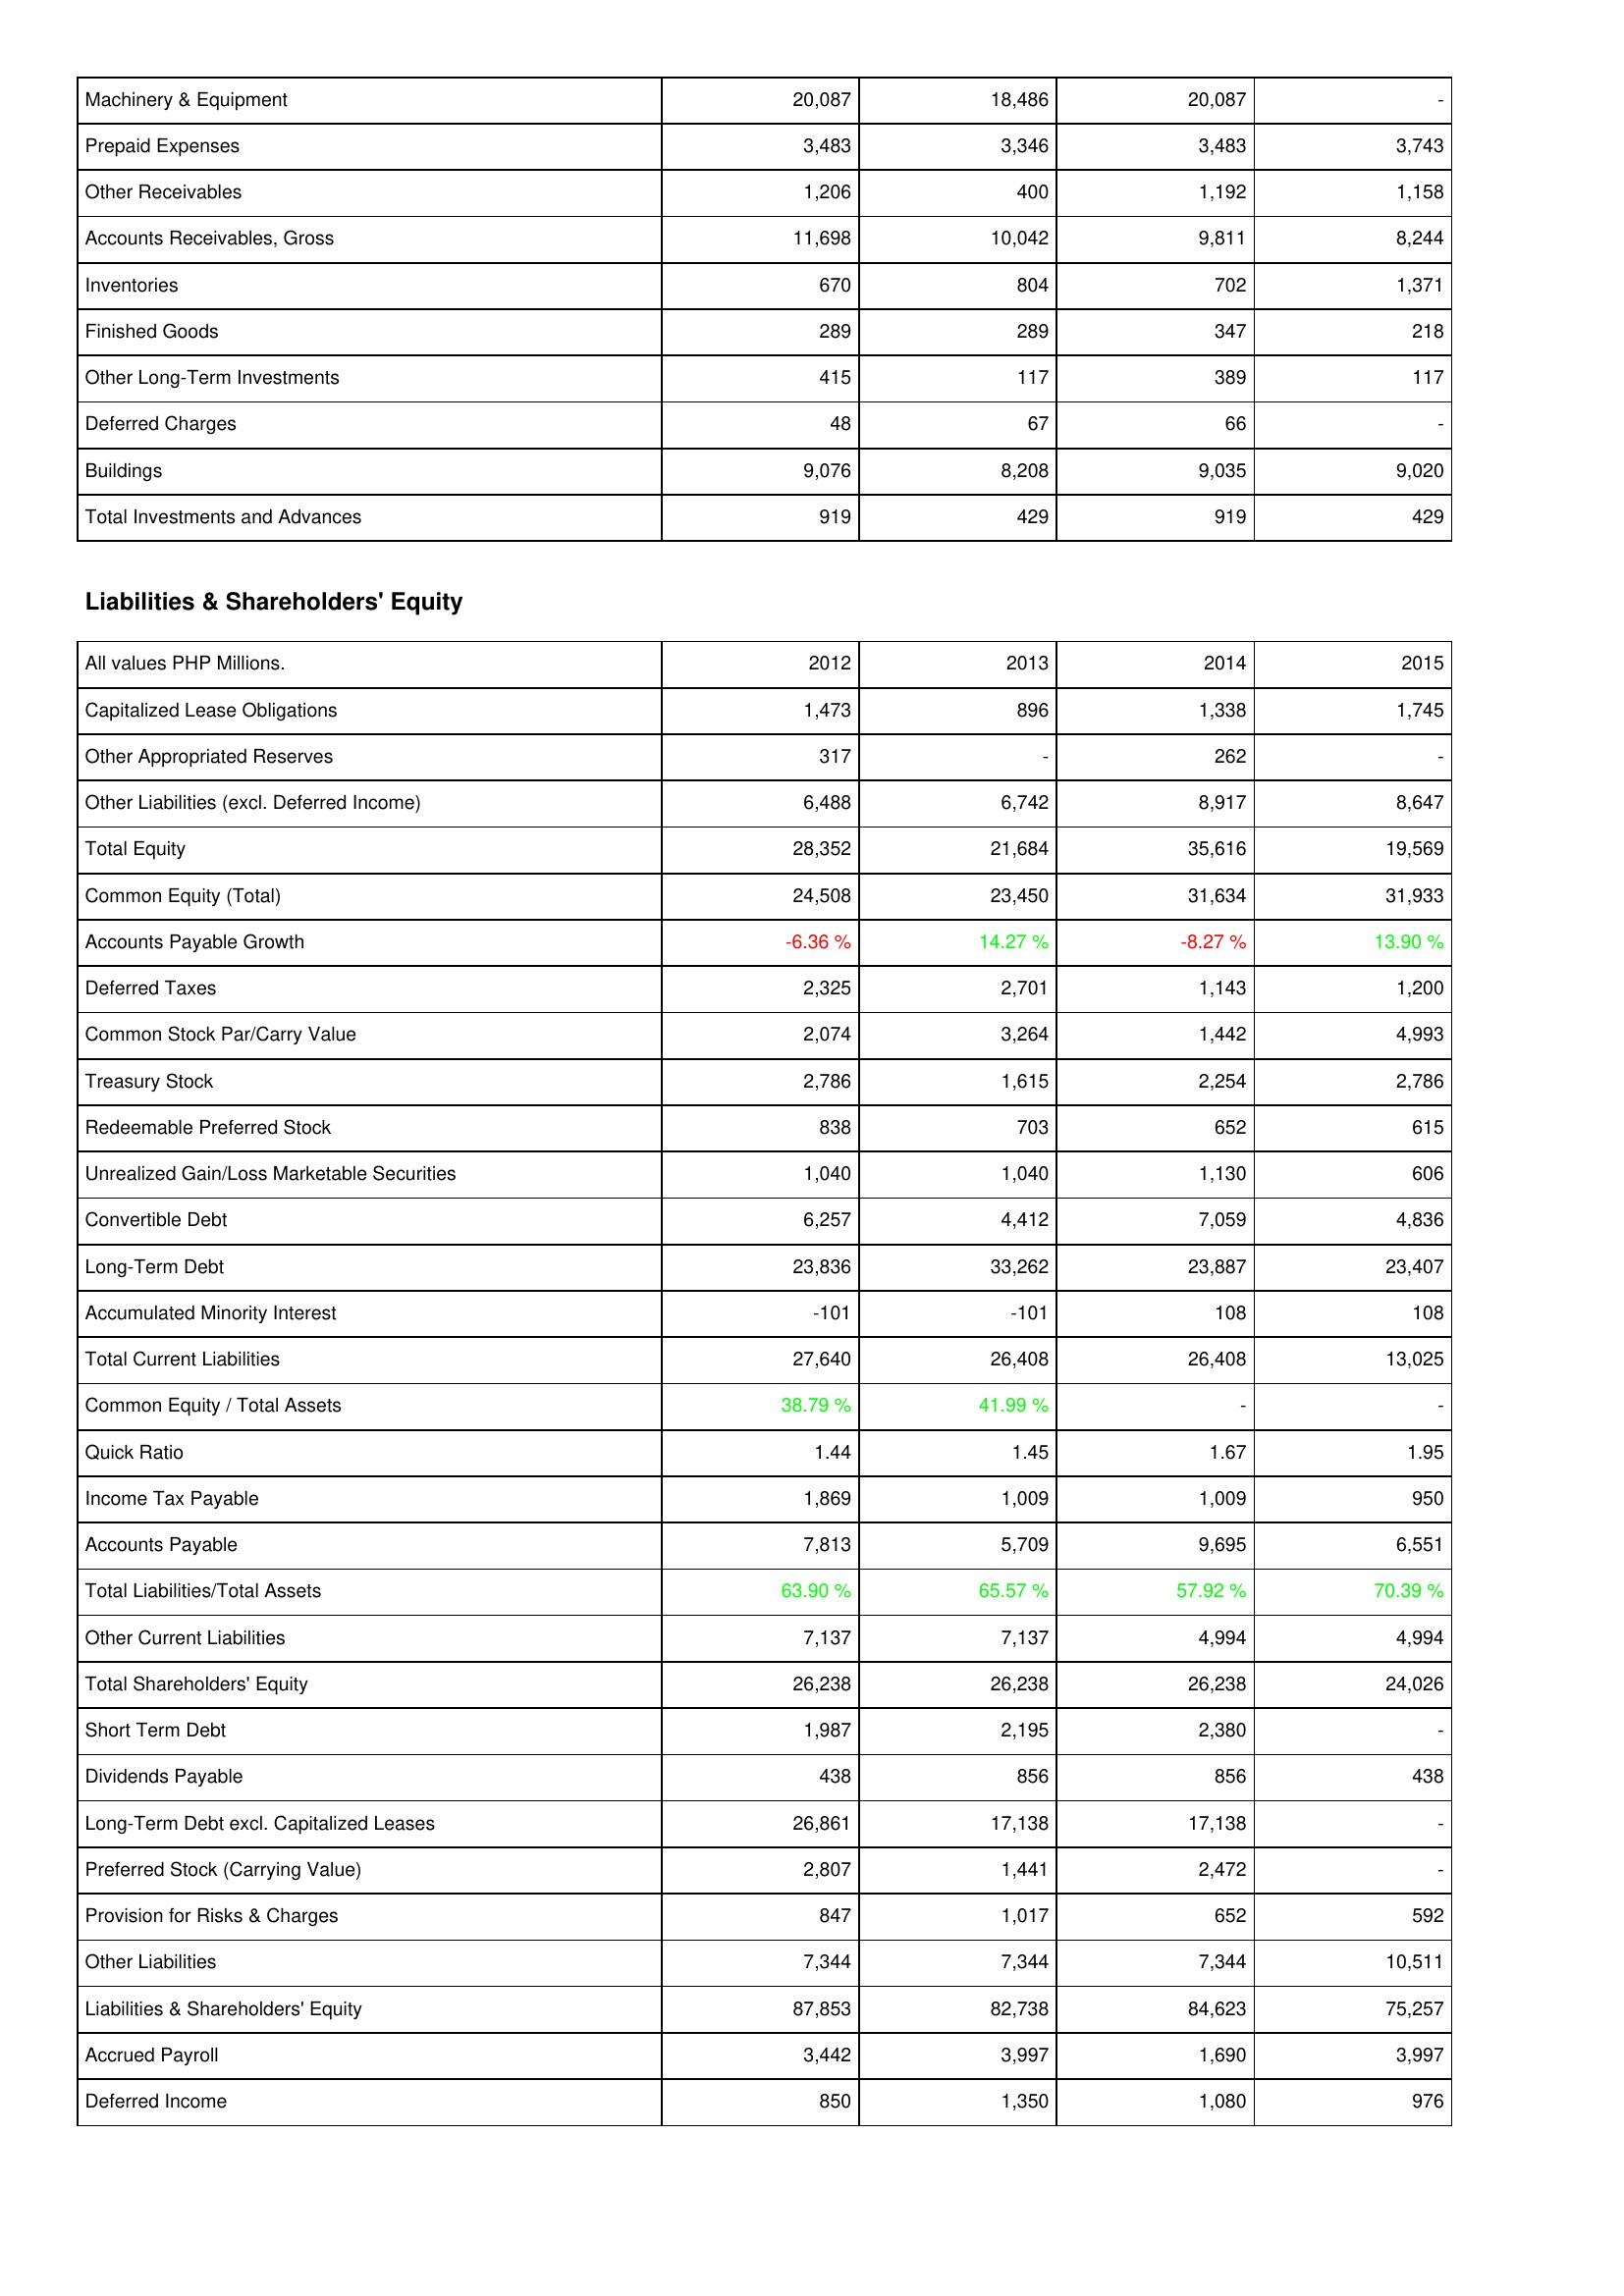
2012: Assets: Machinery & Equipment: 20,087
Prepaid Expenses: 3,483
Other Receivables: 1,206
Accounts Receivables, Gross: 11,698
Inventories: 670
Finished Goods: 289
Other Long-Term Investments: 415
Deferred Charges: 48
Buildings: 9,076
Total Investments and Advances: 919
Liabilities & Shareholders' Equity: Capitalized Lease Obligations: 1,473
Other Appropriated Reserves: 317
Other Liabilities (excl. Deferred Income): 6,488
Total Equity: 28,352
Common Equity (Total): 24,508
Accounts Payable Growth: -6.36 %
Deferred Taxes: 2,325
Common Stock Par/Carry Value: 2,074
Treasury Stock: 2,786
Redeemable Preferred Stock: 838
Unrealized Gain/Loss Marketable Securities: 1,040
Convertible Debt: 6,257
Long-Term Debt: 23,836
Accumulated Minority Interest: -101
Total Current Liabilities: 27,640
Common Equity / Total Assets: 38.79 %
Quick Ratio: 1.44
Income Tax Payable: 1,869
Accounts Payable: 7,813
Total Liabilities/Total Assets: 63.90 %
Other Current Liabilities: 7,137
Total Shareholders' Equity: 26,238
Short Term Debt: 1,987
Dividends Payable: 438
Long-Term Debt excl. Capitalized Leases: 26,861
Preferred Stock (Carrying Value): 2,807
Provision for Risks & Charges: 847
Other Liabilities: 7,344
Liabilities & Shareholders' Equity: 87,853
Accrued Payroll: 3,442
Deferred Income: 850
2013: Assets: Machinery & Equipment: 18,486
Prepaid Expenses: 3,346
Other Receivables: 400
Accounts Receivables, Gross: 10,042
Inventories: 804
Finished Goods: 289
Other Long-Term Investments: 117
Deferred Charges: 67
Buildings: 8,208
Total Investments and Advances: 429
Liabilities & Shareholders' Equity: Capitalized Lease Obligations: 896
Other Appropriated Reserves: -
Other Liabilities (excl. Deferred Income): 6,742
Total Equity: 21,684
Common Equity (Total): 23,450
Accounts Payable Growth: 14.27 %
Deferred Taxes: 2,701
Common Stock Par/Carry Value: 3,264
Treasury Stock: 1,615
Redeemable Preferred Stock: 703
Unrealized Gain/Loss Marketable Securities: 1,040
Convertible Debt: 4,412
Long-Term Debt: 33,262
Accumulated Minority Interest: -101
Total Current Liabilities: 26,408
Common Equity / Total Assets: 41.99 %
Quick Ratio: 1.45
Income Tax Payable: 1,009
Accounts Payable: 5,709
Total Liabilities/Total Assets: 65.57 %
Other Current Liabilities: 7,137
Total Shareholders' Equity: 26,238
Short Term Debt: 2,195
Dividends Payable: 856
Long-Term Debt excl. Capitalized Leases: 17,138
Preferred Stock (Carrying Value): 1,441
Provision for Risks & Charges: 1,017
Other Liabilities: 7,344
Liabilities & Shareholders' Equity: 82,738
Accrued Payroll: 3,997
Deferred Income: 1,350
2014: Assets: Machinery & Equipment: 20,087
Prepaid Expenses: 3,483
Other Receivables: 1,192
Accounts Receivables, Gross: 9,811
Inventories: 702
Finished Goods: 347
Other Long-Term Investments: 389
Deferred Charges: 66
Buildings: 9,035
Total Investments and Advances: 919
Liabilities & Shareholders' Equity: Capitalized Lease Obligations: 1,338
Other Appropriated Reserves: 262
Other Liabilities (excl. Deferred Income): 8,917
Total Equity: 35,616
Common Equity (Total): 31,634
Accounts Payable Growth: -8.27 %
Deferred Taxes: 1,143
Common Stock Par/Carry Value: 1,442
Treasury Stock: 2,254
Redeemable Preferred Stock: 652
Unrealized Gain/Loss Marketable Securities: 1,130
Convertible Debt: 7,059
Long-Term Debt: 23,887
Accumulated Minority Interest: 108
Total Current Liabilities: 26,408
Common Equity / Total Assets: -
Quick Ratio: 1.67
Income Tax Payable: 1,009
Accounts Payable: 9,695
Total Liabilities/Total Assets: 57.92 %
Other Current Liabilities: 4,994
Total Shareholders' Equity: 26,238
Short Term Debt: 2,380
Dividends Payable: 856
Long-Term Debt excl. Capitalized Leases: 17,138
Preferred Stock (Carrying Value): 2,472
Provision for Risks & Charges: 652
Other Liabilities: 7,344
Liabilities & Shareholders' Equity: 84,623
Accrued Payroll: 1,690
Deferred Income: 1,080
2015: Assets: Machinery & Equipment: -
Prepaid Expenses: 3,743
Other Receivables: 1,158
Accounts Receivables, Gross: 8,244
Inventories: 1,371
Finished Goods: 218
Other Long-Term Investments: 117
Deferred Charges: -
Buildings: 9,020
Total Investments and Advances: 429
Liabilities & Shareholders' Equity: Capitalized Lease Obligations: 1,745
Other Appropriated Reserves: -
Other Liabilities (excl. Deferred Income): 8,647
Total Equity: 19,569
Common Equity (Total): 31,933
Accounts Payable Growth: 13.90 %
Deferred Taxes: 1,200
Common Stock Par/Carry Value: 4,993
Treasury Stock: 2,786
Redeemable Preferred Stock: 615
Unrealized Gain/Loss Marketable Securities: 606
Convertible Debt: 4,836
Long-Term Debt: 23,407
Accumulated Minority Interest: 108
Total Current Liabilities: 13,025
Common Equity / Total Assets: -
Quick Ratio: 1.95
Income Tax Payable: 950
Accounts Payable: 6,551
Total Liabilities/Total Assets: 70.39 %
Other Current Liabilities: 4,994
Total Shareholders' Equity: 24,026
Short Term Debt: -
Dividends Payable: 438
Long-Term Debt excl. Capitalized Leases: -
Preferred Stock (Carrying Value): -
Provision for Risks & Charges: 592
Other Liabilities: 10,511
Liabilities & Shareholders' Equity: 75,257
Accrued Payroll: 3,997
Deferred Income: 976